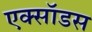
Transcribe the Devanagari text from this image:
एक्सॉडस